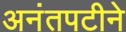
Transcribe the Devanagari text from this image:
अनंतपटीने